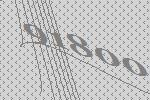
91800